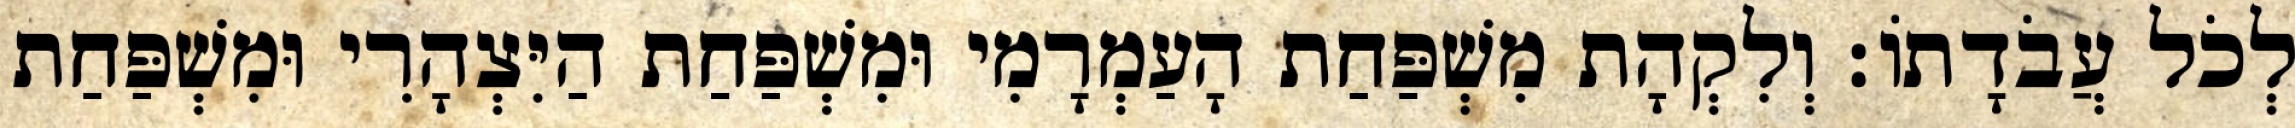
לְכֹל עֲבֹדָתוֹ׃ וְלִקְהָת מִשְׁפַּחַת הָעַמְרָמִי וּמִשְׁפַּחַת הַיִּצְהָרִי וּמִשְׁפַּחַת